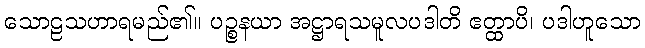
သောဠသဟာရမည်၏။ ပဉ္စနယာ အဋ္ဌာရသမူလပဒါတိ ဧတ္ထာပိ၊ ပဒါဟူသော